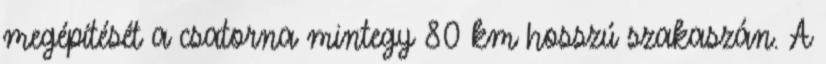
megépítését a csatorna mintegy 80 km hosszú szakaszán. A